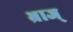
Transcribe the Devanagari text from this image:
भ्राज्